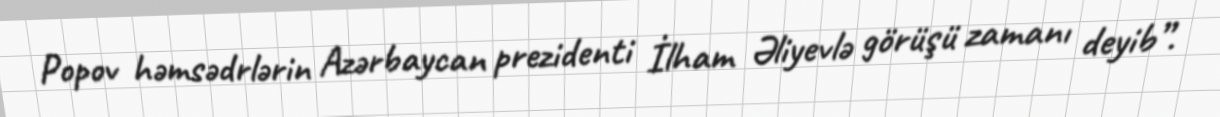
Popov həmsədrlərin Azərbaycan prezidenti İlham Əliyevlə görüşü zamanı deyib”.